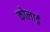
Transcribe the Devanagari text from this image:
कोलार्ड्र